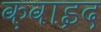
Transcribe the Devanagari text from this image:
क़वाइद